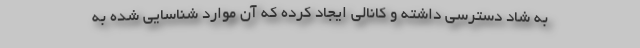
به شاد دسترسی داشته و کانالی ایجاد کرده که آن موارد شناسایی شده به